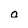
Character: o